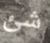
شئ